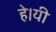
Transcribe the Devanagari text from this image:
हे।यी